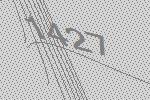
1427